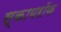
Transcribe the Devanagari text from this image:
स्कायरॉक